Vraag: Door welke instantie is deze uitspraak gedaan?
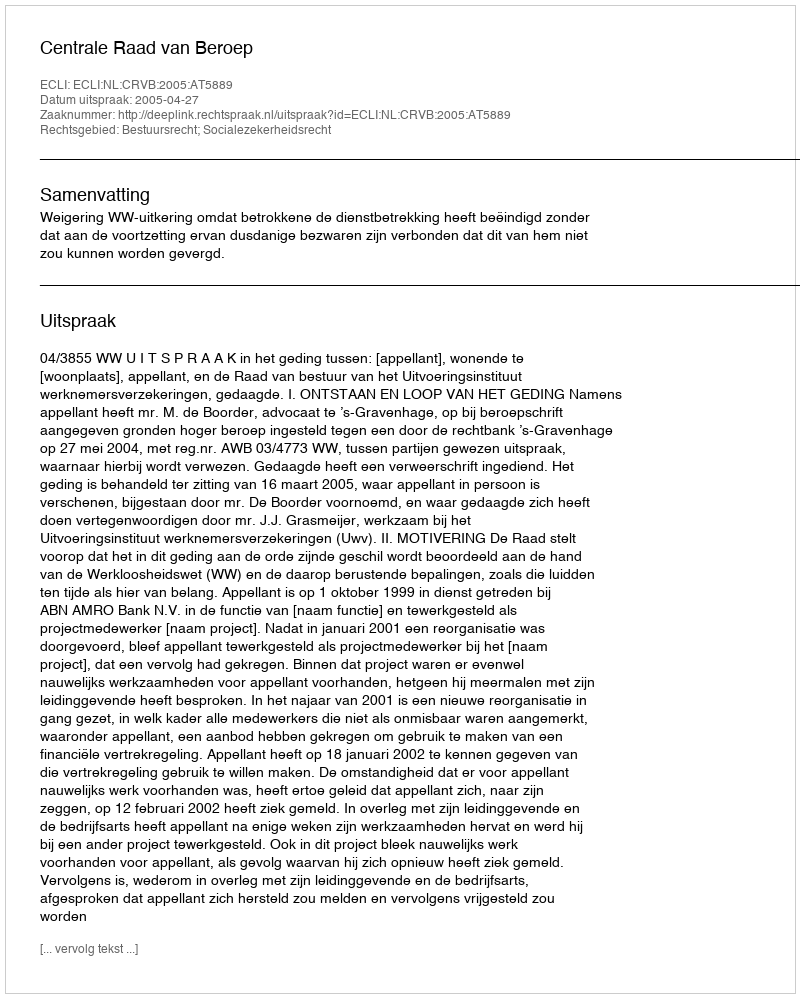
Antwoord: Centrale Raad van Beroep